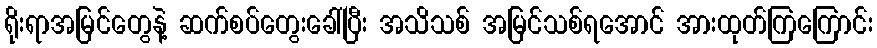
ရိုးရာအမြင်တွေနဲ့ ဆက်စပ်တွေးခေါ်ပြီး အသိသစ် အမြင်သစ်ရအောင် အားထုတ်ကြကြောင်း